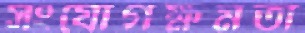
সংযোগক্ষমতা